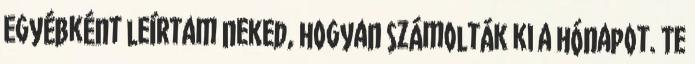
Egyébként leírtam neked, hogyan számolták ki a hónapot. Te